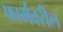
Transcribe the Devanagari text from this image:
फार्मवरील